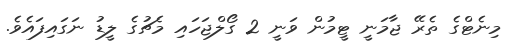
މިނެޓްގެ ތެރޭ ޖާމަނީ ޓީމުން ވަނީ 2 ގޯލްޖަހައި މެޗުގެ ލީޑު ނަގައިފައެވެ.